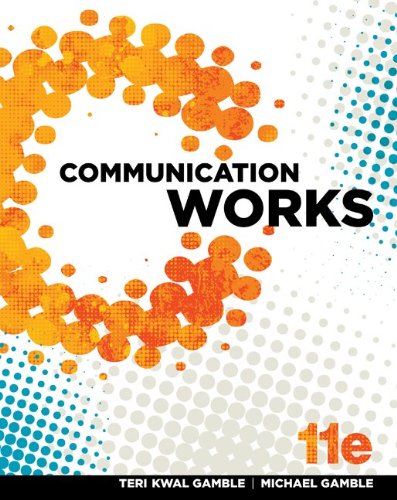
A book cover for Communication Works; Teri Gamble; Reference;